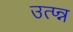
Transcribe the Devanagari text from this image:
उत्प्न्न